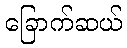
ခြောက်ဆယ်